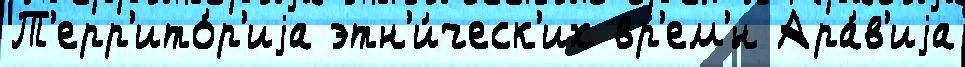
Т'ерр'ито́р'иjа этн'и́ческ'их вр'ем'́н Ара́в'иjа